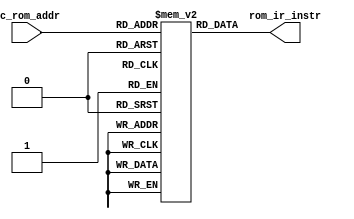
//####################################
//# Circuit: mROM                    #
//# Author: Catalin Gabriel Lipsa    #
//# Date: Mar 30, 2007               #
//####################################

module mrom(pc_rom_addr,
            rom_ir_instr);
  input [5:0] pc_rom_addr;
  output [31:0] rom_ir_instr;
  
  reg [31:0] inst_rom[0:63];
  reg [31:0] instr;
  integer i;
  
  assign rom_ir_instr = inst_rom[pc_rom_addr];
  
  initial begin
      instr = 32'hC0000000;
       for(i=0; i<=63; i=i+1) begin
           inst_rom[i] = instr;
           instr = instr + 1;
       end
       inst_rom[12]=32'h3000003A;
   end
endmodule

module tb_mrom();
   reg [5:0] pc_rom_addr;
   wire [31:0] rom_ir_instr; 
   
   
   mrom IM(pc_rom_addr, rom_ir_instr);
   initial begin
       pc_rom_addr = 6'b000001;
       #5;
       pc_rom_addr = 6'b000010;
       #5;
       pc_rom_addr = 6'b000100;
       #5;
       pc_rom_addr = 6'b001000;
       #5;
       pc_rom_addr = 6'b010000;
       #5;
       pc_rom_addr = 6'b100000;
       #5;
       pc_rom_addr = 6'b100001;
       #5;
       pc_rom_addr = 6'b100010;
       #5;
       pc_rom_addr = 6'b100100;
       #5;
       pc_rom_addr = 6'b111111;
   end
endmodule